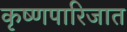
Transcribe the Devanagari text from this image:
कृष्णपारिजात